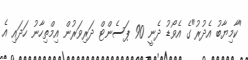
"ކާމިޔާބު އެދުރު"ގެ އެވޯޑު ދެނީ 90 ޕަސެންޓް ދަރިވަރުން އިމްތިހާނު ހަދައި އެ